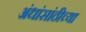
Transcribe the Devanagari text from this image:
अंधांसांठीच्या